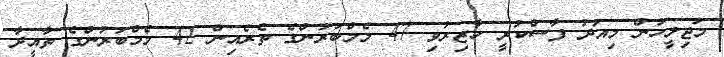
މަޖިލީހުން މިއަދު ފާސްކުރީ ހާޒިރުވި 47 މެމްބަރުންގެ ތެރެއިން 42 މެމްބަރުންގެ ތާއީދާ